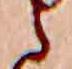
ら